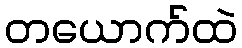
တယောက်ထဲ